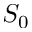
S _ { 0 }